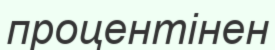
процентінен